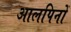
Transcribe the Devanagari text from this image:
आलपिनों